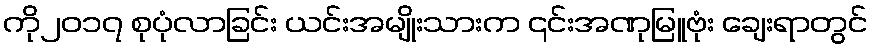
ကို၂၀၁၇ စုပုံလာခြင်း ယင်းအမျိုးသားက ၎င်းအဏုမြူဗုံး ချေးရာတွင်